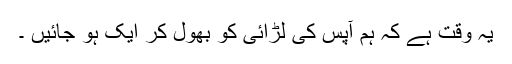
یہ وقت ہے کہ ہم آپس کی لڑائی کو بھول کر ایک ہو جائیں ۔